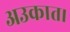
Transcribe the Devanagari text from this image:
अउकात।